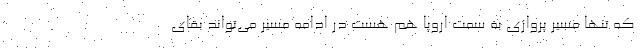
که تنها مسیر پروازی به سمت اروپا هم هست در ادامه مسیر می‌تواند بقای